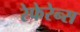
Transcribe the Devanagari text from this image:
रेफेरेन्‍स